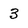
Character: 3